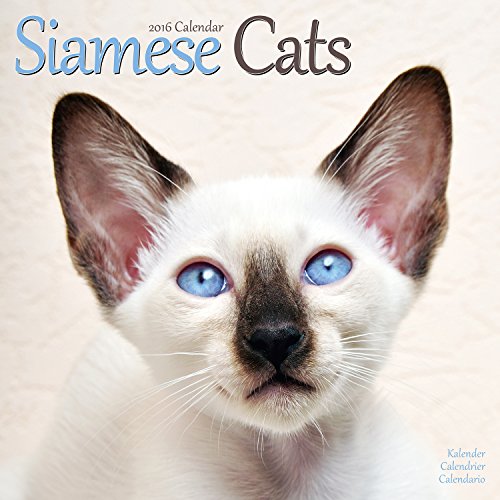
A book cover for Siamese Cats Calendar - 2016 Wall calendars - Animal Calendar - Monthly Wall Calendar by Avonside Studio; MegaCalendars; Calendars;